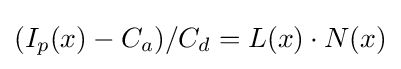
(I_{p}(x)-C_{a})/C_{d}=L(x)\cdot N(x)